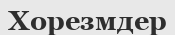
Хорезмдер